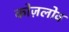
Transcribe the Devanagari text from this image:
कोज़लोव